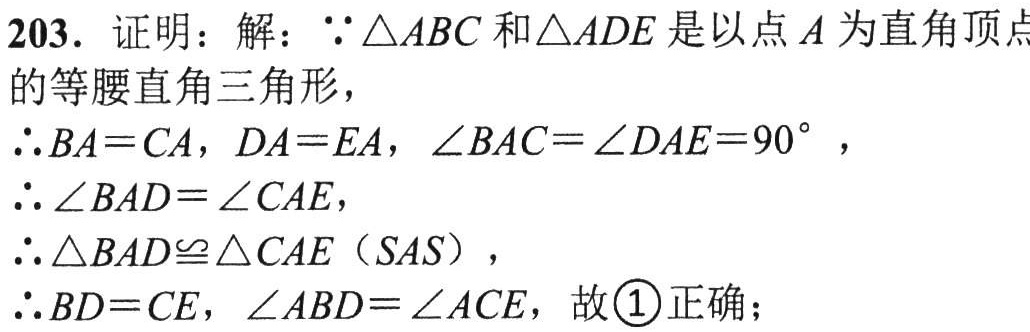
203. 证明：解：$\because\triangle ABC$和$\triangle ADE$是以点$A$为直角顶点的等腰直角三角形，
$\therefore BA = CA$，$DA = EA$，$\angle BAC=\angle DAE = 90^{\circ}$，
$\therefore\angle BAD=\angle CAE$，
$\therefore\triangle BAD\cong\triangle CAE$（$SAS$），
$\therefore BD = CE$，$\angle ABD=\angle ACE$，故\textcircled{1}正确；